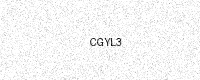
Text: CGYL3